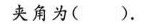
夹角为()。